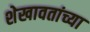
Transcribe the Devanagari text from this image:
शेखावतांच्या